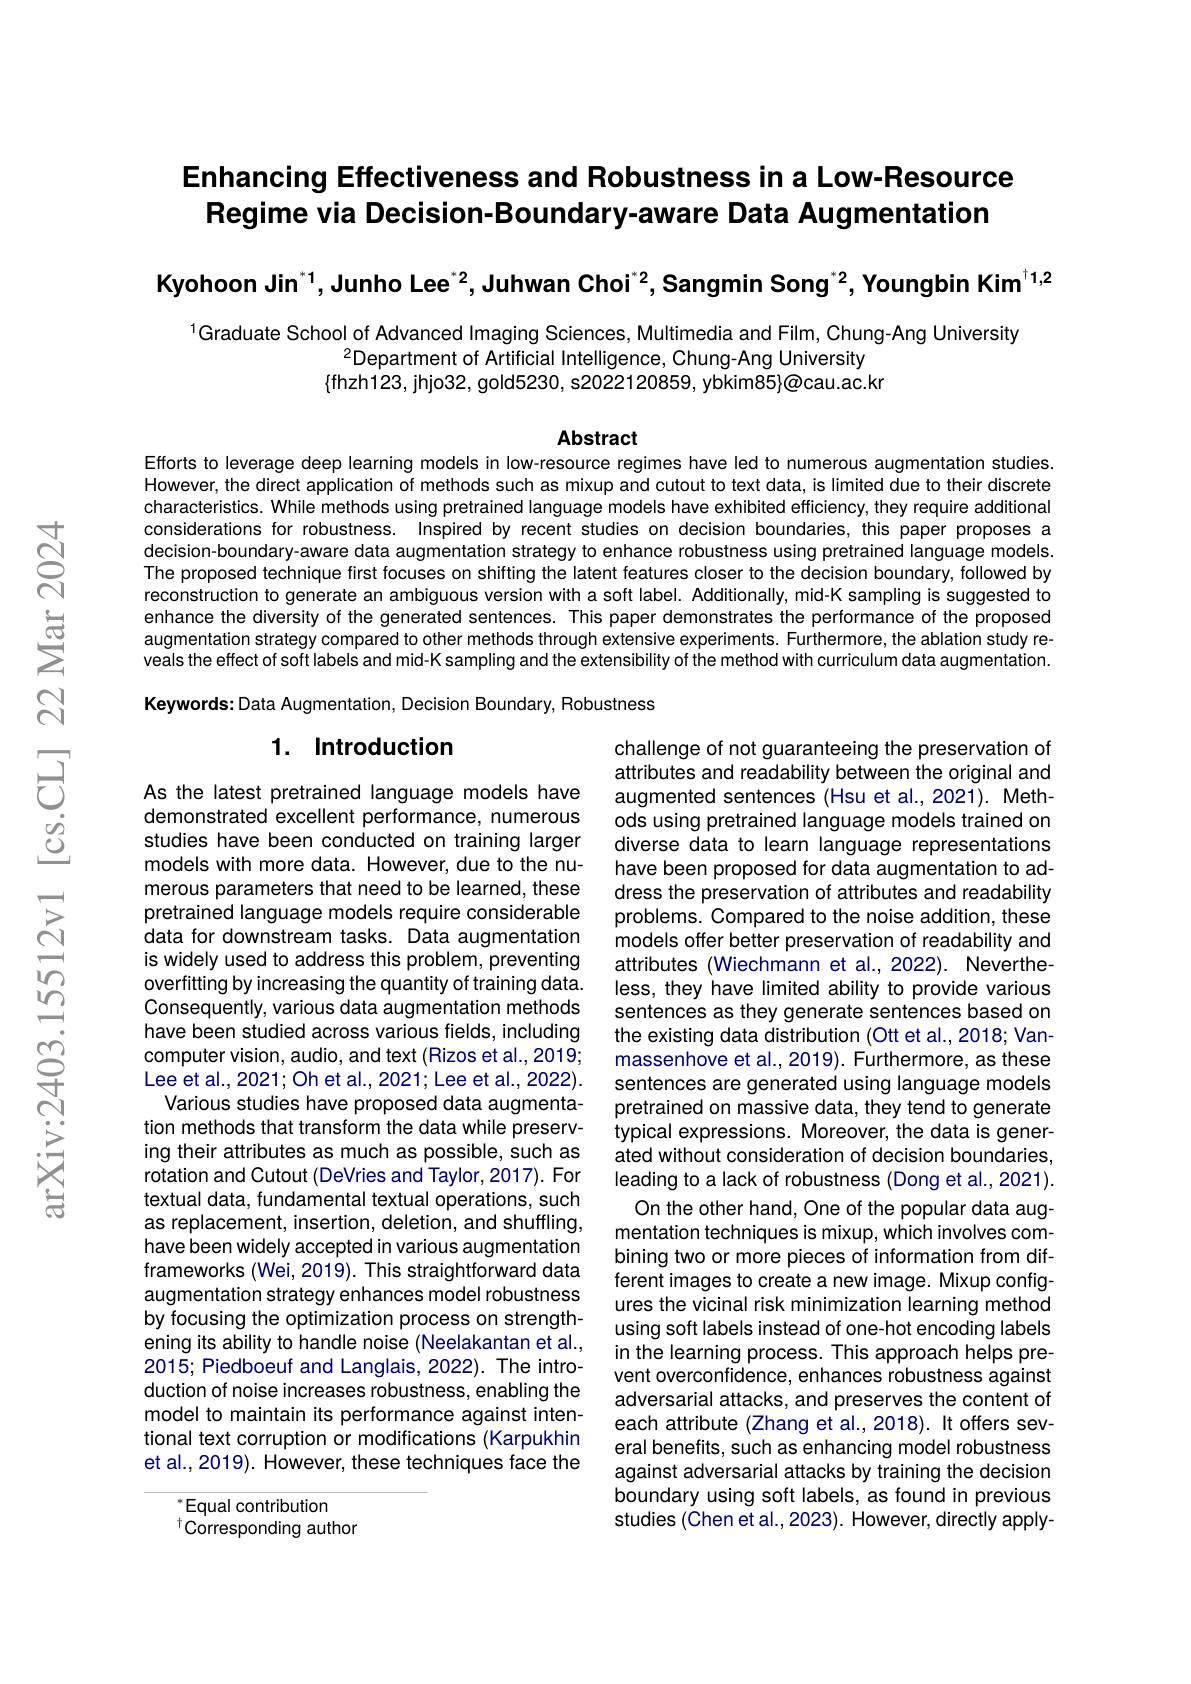
## Enhancing Effectiveness and Robustness in a Low-Resource Regime via Decision-Boundary-aware Data Augmentation

Kyohoon Jin$^{^{*}1}$,Junho Lee$^{^{*}2}$,Juhwan Choi$^{^{*}2}$,Sangmin Song$^{^{*}2},\textbf{Youngbin Kim}^{^{\dagger}1,2}$

$^{1}$Graduate School of Advanced Imaging Sciences, Multimedia and Film, Chung-Ang University
$^{2}$Department of Artificial Intelligence, Chung-Ang University $\{$fhzh123, jhjo32, gold5230, s2022120859, ybkim85}@cau.ac.kr

Abstract

Efforts to leverage deep learning models in low-resource regimes have led to numerous augmentation studies. However, the direct application of methods such as mixup and cutout to text data, is limited due to their discrete characteristics. While methods using pretrained language models have exhibited efficiency, they require additional considerations for robustness. Inspired by recent studies on decision boundaries, this paper proposes a decision-boundary-aware data augmentation strategy to enhance robustness using pretrained language models. The proposed technique first focuses on shifting the latent features closer to the decision boundary, followed by reconstruction to generate an ambiguous version with a soft label. Additionally, mid-K sampling is suggested to enhance the diversity of the generated sentences. This paper demonstrates the performance of the proposed augmentation strategy compared to other methods through extensive experiments. Furthermore, the ablation study reveals the effect of soft labels and mid-K sampling and the extensibility of the method with curriculum data augmentation. Keywords: Data Augmentation, Decision Boundary, Robustness

### 1. Introduction

As the latest pretrained language models have demonstrated excellent performance, numerous studies have been conducted on training larger models with more data. However, due to the numerous parameters that need to be learned, these pretrained language models require considerable data for downstream tasks. Data augmentation is widely used to address this problem, preventing overfitting by increasing the quantity of training data. Consequently, various data augmentation methods have been studied across various fields, including computer vision, audio, and text (Rizos et al., 2019; Lee et al., 2021; Oh et al., 2021; Lee et al., 2022). Various studies have proposed data augmentation methods that transform the data while preserving their attributes as much as possible, such as rotation and Cutout (DeVries and Taylor, 2017). For textual data, fundamental textual operations, such as replacement, insertion, deletion, and shuffling, have been widely accepted in various augmentation frameworks (Wei, 2019). This straightforward data augmentation strategy enhances model robustness by focusing the optimization process on strengthening its ability to handle noise (Neelakantan et al., 2015; Piedboeuf and Langlais, 2022). The introduction of noise increases robustness, enabling the model to maintain its performance against intentional text corruption or modifications (Karpukhin et al., 2019). However, these techniques face the

challenge of not guaranteeing the preservation of attributes and readability between the original and augmented sentences (Hsu et al., 2021). Methods using pretrained language models trained on diverse data to learn language representations have been proposed for data augmentation to address the preservation of attributes and readability problems. Compared to the noise addition, these models offer better preservation of readability and attributes (Wiechmann et al.,2022). Nevertheless, they have limited ability to provide various sentences as they generate sentences based on the existing data distribution (Ott et al.,2018; Vanmassenhove et al., 2019). Furthermore, as these sentences are generated using language models pretrained on massive data, they tend to generate typical expressions. Moreover, the data is generated without consideration of decision boundaries, leading to a lack of robustness (Dong et al., 2021). On the other hand, One of the popular data augmentation techniques is mixup, which involves combining two or more pieces of information from different images to create a new image. Mixup configures the vicinal risk minimization learning method using soft labels instead of one-hot encoding labels in the learning process. This approach helps prevent overconfidence, enhances robustness against adversarial attacks, and preserves the content of each attribute (Zhang et al.,2018). It offers several benefits, such as enhancing model robustness against adversarial attacks by training the decision boundary using soft labels, as found in previous studies (Chen et al., 2023). However, directly apply-

$^*$Equal contribution

$^{\dagger}$Corresponding author